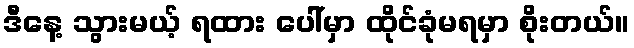
ဒီနေ့ သွားမယ့် ရထား ပေါ်မှာ ထိုင်ခုံမရမှာ စိုးတယ်။